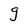
Character: g